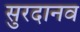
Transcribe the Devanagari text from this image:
सुरदानव